Document type: Grant
Year: 1246
Scribe: Guillem de Moneca
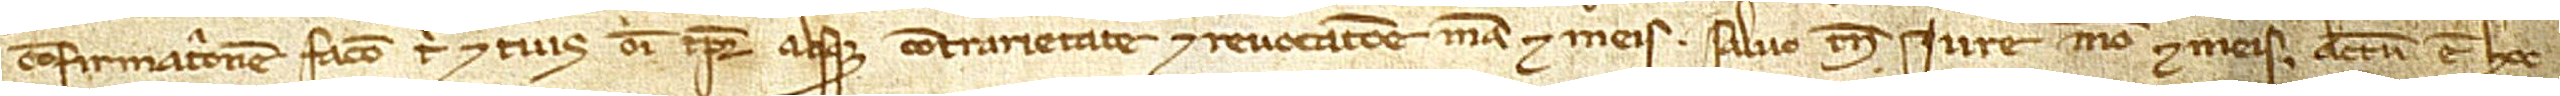
confirmationem facio tibi et tuis omni tempore absque contrarietate et revocatione mea et meis, salvo tamen iure meo et meis. Actum est hoc